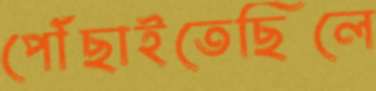
পৌঁছাইতেছিলে